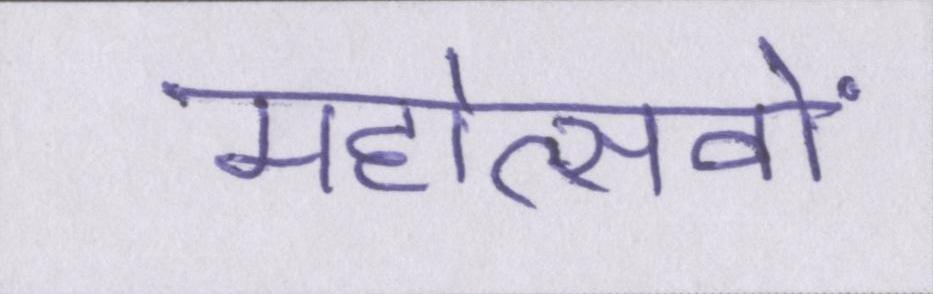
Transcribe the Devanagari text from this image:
महोत्सवों